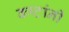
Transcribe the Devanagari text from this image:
कष्टांनी